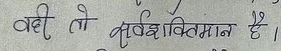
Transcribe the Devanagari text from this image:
वही तो सर्वशक्तिमान है।